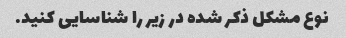
نوع مشکل ذکر شده در زیر را شناسایی کنید.